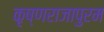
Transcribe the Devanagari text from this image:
कृष्णराजापुरम